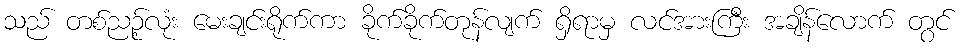
သည် တစ်ညဉ့်လုံး မေးချင်းရိုက်ကာ ခိုက်ခိုက်တုန်လျက် ရှိရာမှ လင်အားကြီး အချိန်လောက် တွင်